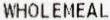
WHOLEMEAL